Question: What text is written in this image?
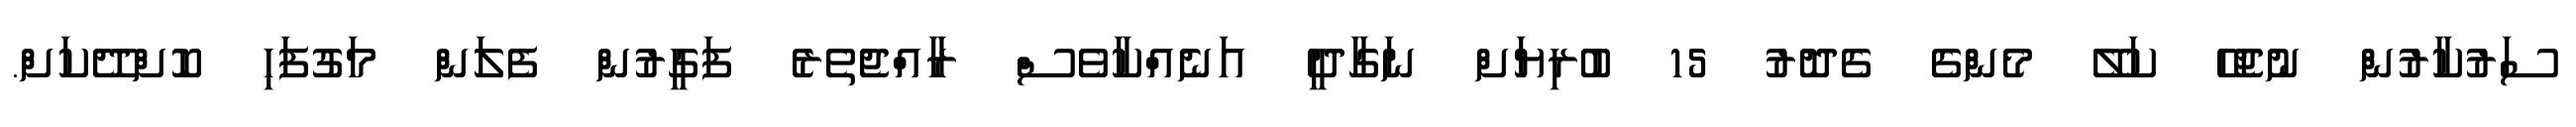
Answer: ސަރުކާރުން ނުޖެހޭ ކަލޭ މެންގެ ގެދޮރު 15 ބުރިޔަށް ނަގާދީ އަނެއްކާވެސް ރާއްޖެތެރެ ފަގީރުން ފެލަން މަގުފަހި ކޮށްދޭކަށް.